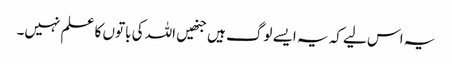
یہ اس لیے کہ یہ ایسے لوگ ہیں جنھیں اللہ کی باتوں کا علم نہیں۔